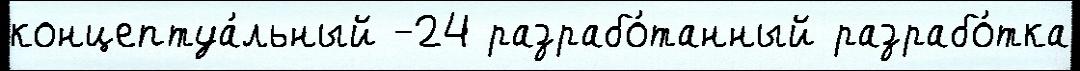
концептуа́льный -24 разрабо́танный разрабо́тка